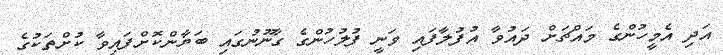
އަދި އެމީހުންގެ މައްޗަށް ދައުވާ އުފުލާފައި ވަނީ ފުލުހުންގެ ގާނޫނުގައި ބަޔާންކޮށްފައިވާ ކުށްތަކުގެ